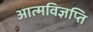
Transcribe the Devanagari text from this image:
आत्मविज्ञप्ति